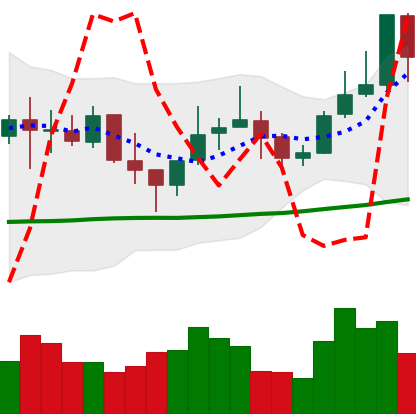
Ticker: LINK-USD
Chart end date: 2021-10-24
Forward return: 3.91%
Label: up_3_5